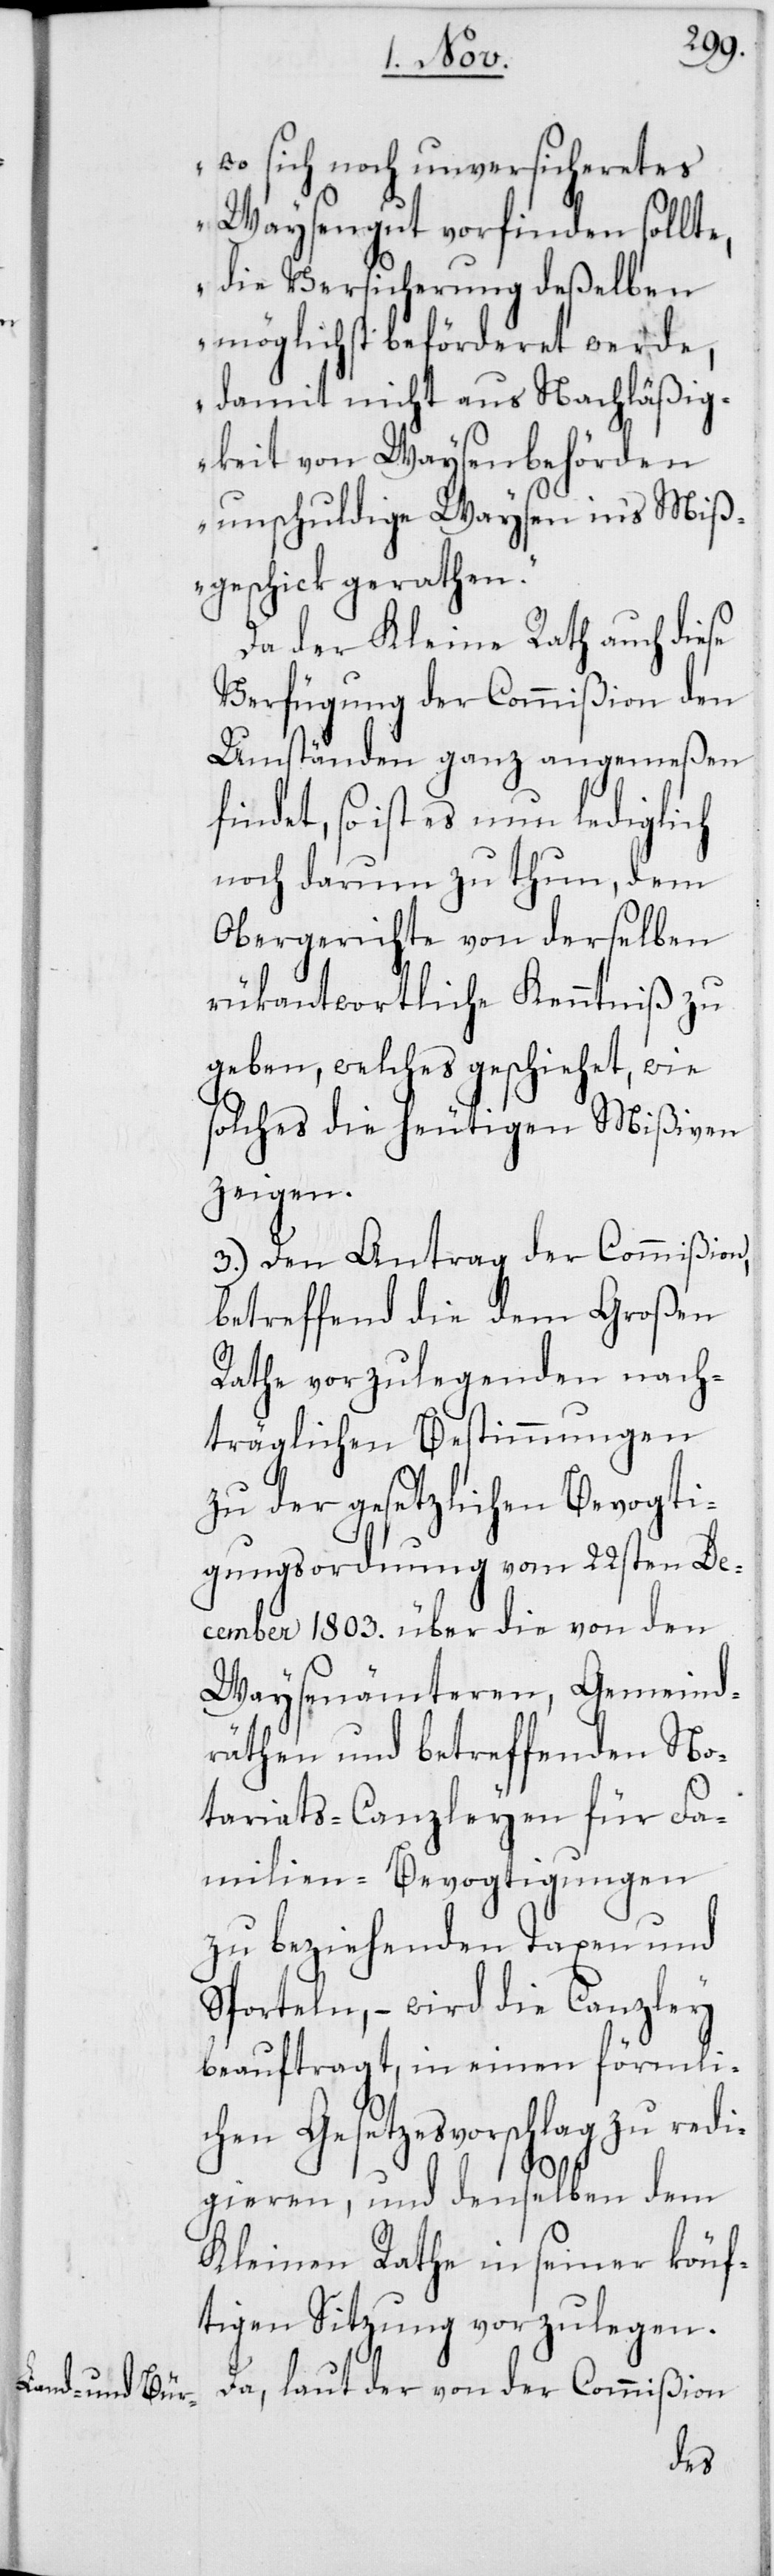
e,

wo sich noch unversicheretes
Waysengut vorfinden sollt¬
die Versicherung deßelben
möglichst beförderet werde,
damit nicht aus Nachläßig¬
keit von Waysenbehörden
unschuldige Waysen ins Miß¬
geschick gerathen“.
Da der Kleine Rath auch diese
Verfügung der Commißion den
Umständen ganz angemeßen
findet, so ist es nun lediglich
noch darum zu tun, dem
Obergerichte von derselben
rückantwortliche Kenntniß zu
geben, welches geschiehet, wie
solches die heutigen Mißiven
zeigen.
3. Den Antrag der Commißion,
betreffend die dem Großen
Rathe vorzulegenden nach¬
träglichen Bestimmungen
zu der gesetzlichen Bevogti¬
gungsordnung vom 22sten De¬
cember 1803. über die von den
Waysenämteren, Gemeind¬
räthen und betreffenden No¬
tariats-Canzleyen für Fa¬
milien-Bevogtigungen
zu beziehenden Taxen und
Sporteln, – wird die Canzley
beauftragt, in einen förmli¬
chen Gesetzesvorschlag zu redi¬
gieren, und denselben dem
Kleinen Rathe in seiner könf¬
tigen Sitzung vorzulegen.
Da, laut der von der Commißion